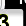
Digit: 3